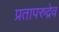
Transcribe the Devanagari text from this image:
प्रतापरुद्रेव